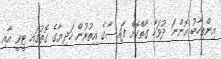
އިންތިހާބު އޮންނަ ދުވަހާ ގާތްކޮށް ފައިސާގެ އިތުރުން ހަދިޔާގެ ގޮތުގައި ޓީވީ އާއި